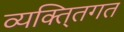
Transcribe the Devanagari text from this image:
व्यक्ति्तगत